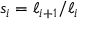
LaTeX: s _ { i } = \ell _ { i + 1 } / \ell _ { i }